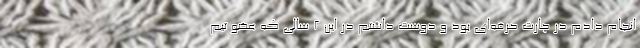
انجام دادم در چارت حرفه‌ای بود و دوست داشتم در این 2 سالی که عضو تیم